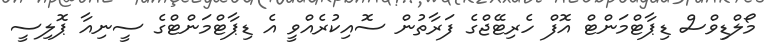
މޯލްޑިވްސް ޑިޕާޓްމަންޓް އޮފް ހެރިޓޭޖްގެ ފަރާތުން ސޮއިކުރެއްވީ އެ ޑިޕާޓްމަންޓްގެ ސީނިއާ ޕޮލިސީ